system: You are a helpful assistant.
user:
Analyze the provided spectrum to determine if it is a **"Cataclysmic Variables (CV)"**.

- **Key Indicators for CV (Check for either state):**
    - **State 1: Quiescent / Low-State (Emission-Dominated)**
        - **(Primary):** Strong and *very broad* Hydrogen Balmer emission lines (e.g., $H\alpha$ at 6563 Å, $H\beta$ at 4861 Å). The 'broadness' (high velocity dispersion, often FWHM > 1000 km/s) is the key diagnostic, indicating a high-velocity accretion disk.
        - **(Secondary):** Broad neutral Helium (He I) emission lines (e.g., 5876 Å, 6678 Å).
        - **(Key Confirmation):** Presence of high-excitation *ionized* Helium (He II) emission at 4686 Å. This is a strong indicator of accretion onto a white dwarf.
        - **(Line Profile):** Emission lines may exhibit a 'double-peaked' profile, which is a classic signature of a rotating accretion disk viewed at high inclination.

    - **State 2: Outburst / High-State (Absorption-Dominated)**
        - **(Primary):** Spectrum is dominated by a bright, blue continuum (looks like a hot star).
        - **(Secondary):** The emission lines from State 1 are weak, absent, or 'filled in', and are replaced by broad, shallow *absorption* lines (primarily Balmer and He I).
        - **(Morphology):** The overall spectrum mimics a hot B/A-type star. The crucial difference is that the absorption lines are significantly broader, shallower, and more 'washed-out' (or 'smeared') than the sharp lines of a normal stellar photosphere, due to high rotational speeds and pressure broadening in the disk.

Think first, call **spectral_visualization_tool** if needed to examine features in detail, then provide your final answer. Your response must adhere to the following strict rules:
1.  **Overall Structure:** Your response must follow the format `<think>...</think> <tool_call>...</tool_call> (if a tool is used) <answer>...</answer>`.
2.  **Tool Usage Constraint:** You may only make **one** tool call per turn.
3.  **Final Answer Format:** In the `<answer>` tag, your conclusion must be inside a `\boxed{}` command (e.g., `\boxed{YES}`), followed by your justification.

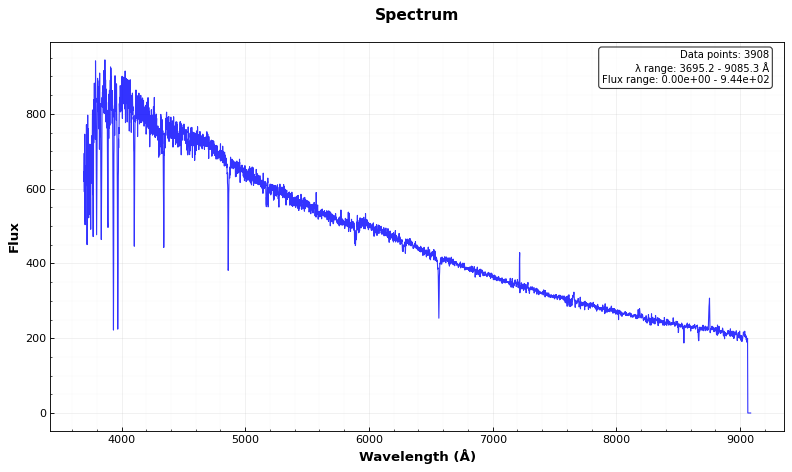
Answer: NO